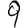
Digit: 9